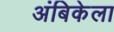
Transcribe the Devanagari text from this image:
अंबिकेला